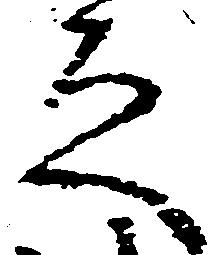
之